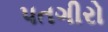
પતગીરો